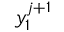
y _ { 1 } ^ { j + 1 }